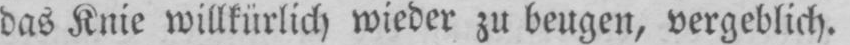
das Knie willkürlich wieder zu beugen, vergeblich.